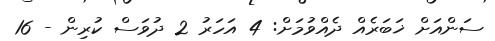
ސަންއަށް ޚަބަރެއް ދެއްވުމަށް: 4 އަހަރު 2 ދުވަސް ކުރިން - 16